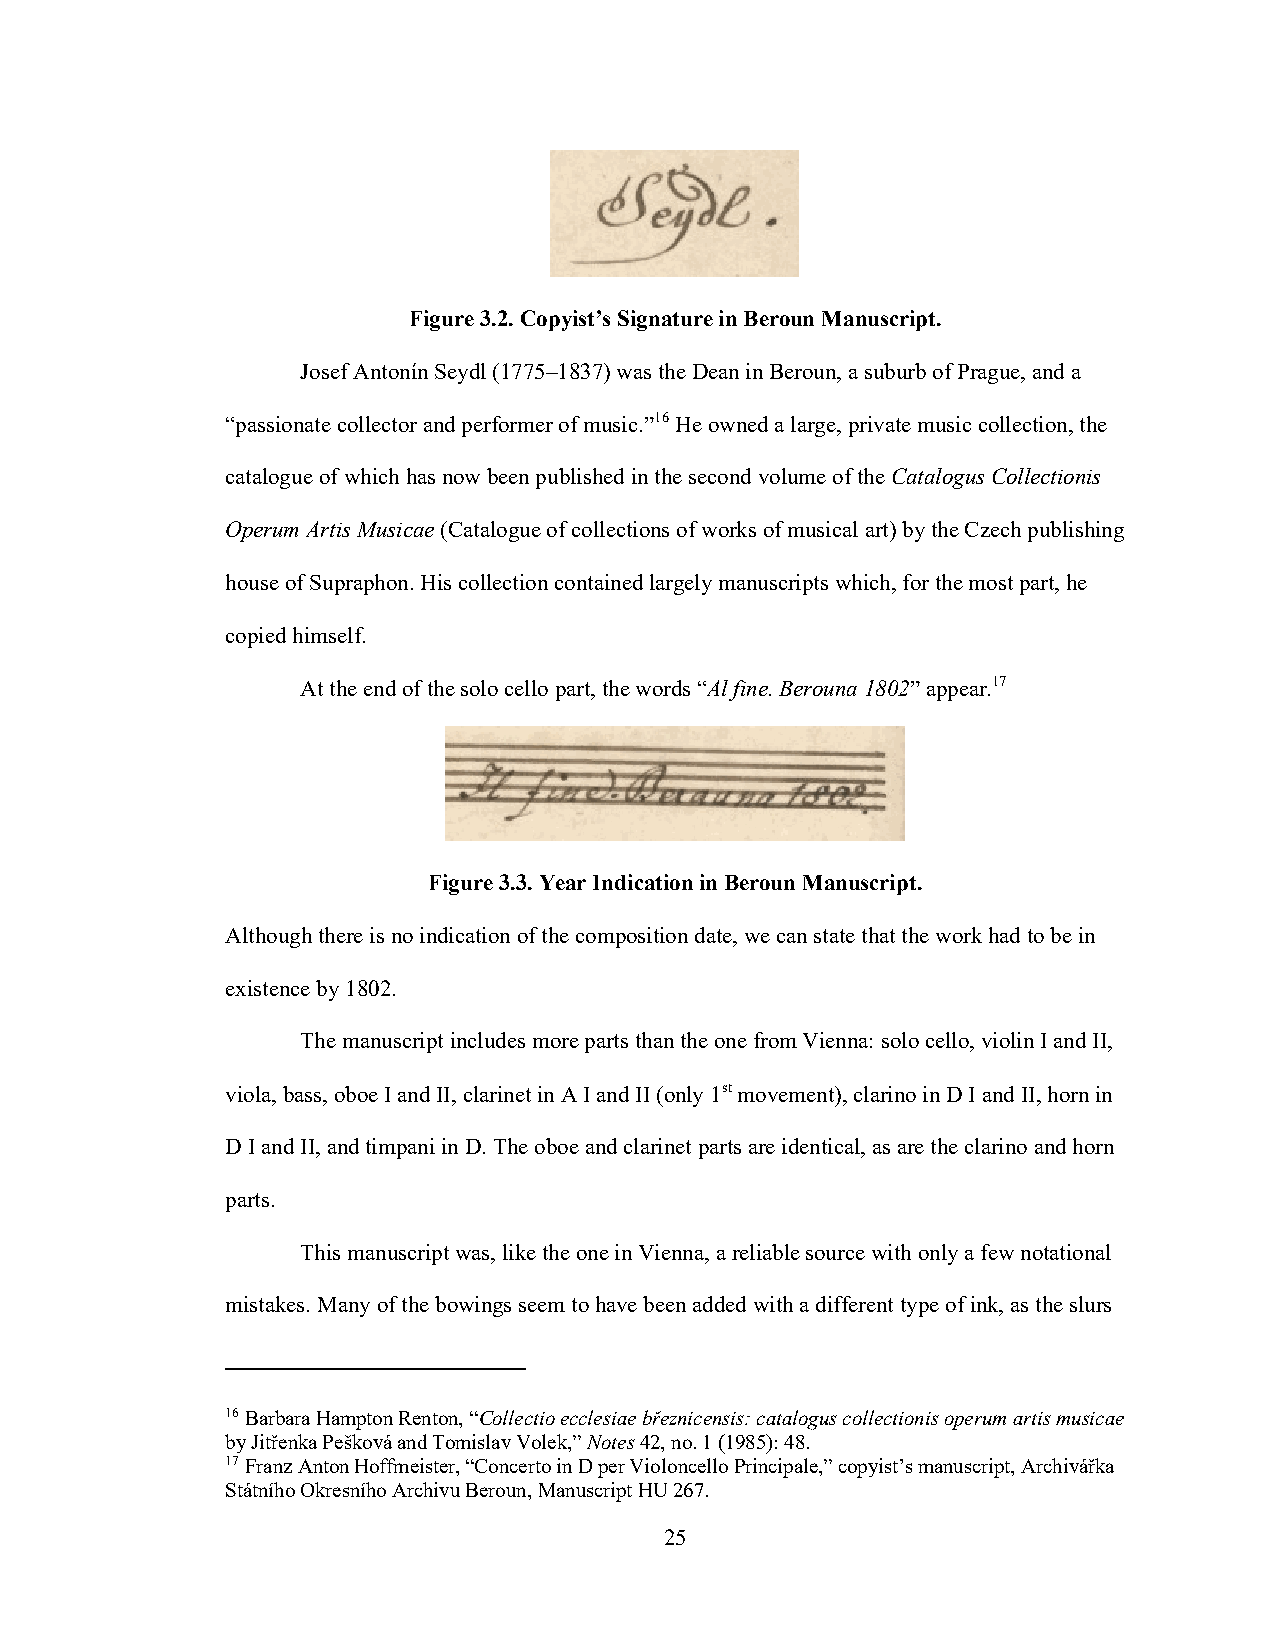
Figure 3.2. Copyist’s Signature in Beroun Manuscript.
 Josef Antonín Seydl (1775–1837) was the Dean in Beroun, a suburb of Prague, and a
 “passionate collector and performer of music.”16 He owned a large, private music collection, the
 catalogue of which has now been published in the second volume of the Catalogus Collectionis
 Operum Artis Musicae (Catalogue of collections of works of musical art) by the Czech publishing
 house of Supraphon. His collection contained largely manuscripts which, for the most part, he
 copied himself.
 At the end of the solo cello part, the words “Al fine. Berouna 1802” appear.17
 Figure 3.3. Year Indication in Beroun Manuscript.
 Although there is no indication of the composition date, we can state that the work had to be in
 existence by 1802.
 The manuscript includes more parts than the one from Vienna: solo cello, violin I and II,
 viola, bass, oboe I and II, clarinet in A I and II (only 1st movement), clarino in D I and II, horn in
 D I and II, and timpani in D. The oboe and clarinet parts are identical, as are the clarino and horn
 parts.
 This manuscript was, like the one in Vienna, a reliable source with only a few notational
 mistakes. Many of the bowings seem to have been added with a different type of ink, as the slurs
 16 Barbara Hampton Renton, “Collectio ecclesiae březnicensis: catalogus collectionis operum artis musicae
 by Jitřenka Pešková and Tomislav Volek,” Notes 42, no. 1 (1985): 48.
 17 Franz Anton Hoffmeister, “Concerto in D per Violoncello Principale,” copyist’s manuscript, Archivářka
 Státního Okresního Archivu Beroun, Manuscript HU 267.
 25